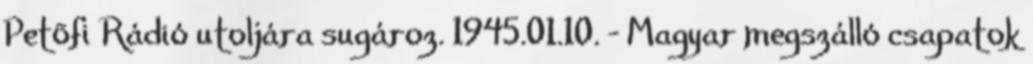
Petõfi Rádió utoljára sugároz. 1945.01.10. - Magyar megszálló csapatok